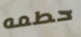
حطمه